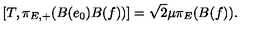
[ T , \pi _ { E , + } ( B ( e _ { 0 } ) B ( f ) ) ] = \sqrt { 2 } \mu \pi _ { E } ( B ( f ) ) .